Calcutta medical institutions reports 1879-81 [i.e.91]
Year: 1879
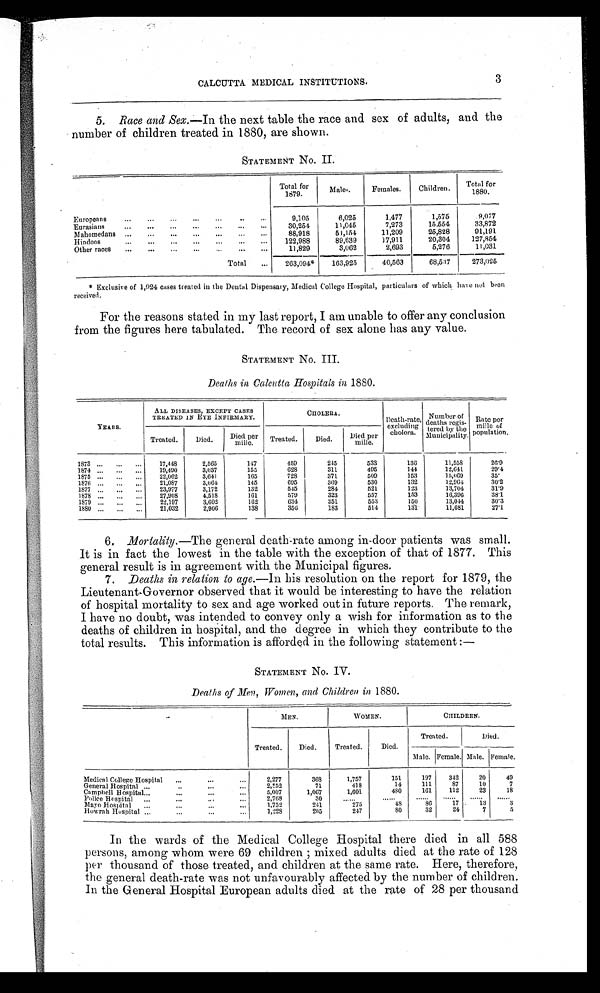
CALCUTTA MEDICAL INSTITUTIONS.
3
5. Race and Sex—In the next table the race and sex of adults, and the
number of children treated in 1880, are shown.
STATEMENT No. II.
Total for
1879.
Males.
Females.
Children.
Total for
1880.
Europeans
...
. . .
. . .
. . .
. . .
...
. . .
9,105
6,025
1,477
1,575
9,077
Eurasians
...
...
...
...
...
...
...
30,254
11,045
7,273
15,554
33,872
Mahomedans ...
...
...
. . . ...
. . . ...
88,918
54,154
11,209
25,828
91,191
Hindoos
. . .
. . .
. . .
. . . . . .
. . .
. . .
1 2 2 , 9 8 8 89,639
17,911
20,304
127,854
Other races ...
...
. . .
. . . . . . ...
...
11,829
3,062
2,693
5,276
11,031
Total
...
263,094*
163,925
40,563
68,537
273,025
* Exclusive of 1,924 cases treated in the Dental Dispensary, Medical College Hospital, particulars of which have not been
received.
For the reasons stated in my last report, I am unable to offer any conclusion
from the figures here tabulated. The record of sex alone has any value.
STATEMENT No. III.
Deaths in Calcutta Hospitals in 1880.
YEARS.
ALL DISEASES, EXCEPT CASES
TREATED IN EYE INFIRMARY.
CHOLERA.
Death-rate,
excl udi ng chol era.
Number of
d e a t h s r e g i s -
t e r e d b y t h e
Municipality.
Rate per
mille of
population.
Treated.
Died.
Died per
mille.
Treated.
Died.
Died per
mille.
1873
17,448
2,565
147
459
245
533
136
11,558
26.9
1874
19,490
3,037
155
628
311
495
144
12,641
29.4
1875
22,062
3,641
165
728
371
509
153
15,069
35
1876
21,087
3,064
145
695
369
530
132
12,964
30.2
1877
23,977
3,172
132
545
284
521
123
13,704
31.9
1878
27,908
4,518
161
579
323
557
153
16,396
38.1
1879
22,197
3,609
162
634
351
553
150
13,044
30.3
1880
21,032
2,906
138
356
183
514
131
11,681
27.1
6. Mortality.— The general death-rate among in-door patients was small.
It is in fact the lowest in the table with. the exception of that of 1877. This
general result is in agreement with the Municipal figures.
7. Deaths in relation to age.— In his resolution on the report for 1879, the
Lieutenant-Governor observed that it would be interesting to have the relation
of hospital mortality to sex and age worked out in future reports. The remark,
I have no doubt, was intended to convey only a wish for information as to the
deaths of children in hospital, and the degree in which they contribute to the
total results. This information is afforded in the following statement:–
STATEMENT No. IV.
Deaths of Men,Women, and Children in 1880.
MEN.
WOMEN.
CHILDREN.
Treated.
Died.
Treated.
Died.
Treated
D i e d
M a l e
F e m a l e
Male. Female.
Medical College Hospital
2,277
368
1,757
151
197
342
20
49
General Hospital
2,552
71
418
14
111
87
10
7
Campbell Hospital
5,007
1,067
1,601
480
161
112
23
18
Police Hospital
2,768
30 ......
......
...... ...... ...... ......
Mayo Hospital
1,759
241
275
48
86
17
13
3
Howrah Hospital
1,228
205
247
8 0
32
24
7
5
In the wards of the Medical College Hospital there died in all 588
persons, among whom were 69 children; mixed adults died at the rate of 128
per thousand of those treated, and children at the same rate. Here, therefore,
the general death-rate was not unfavourably affected by the number of children.
In the General Hospital European adults died at the rate of 28 per thousand